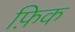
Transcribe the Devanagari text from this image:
फ़िक